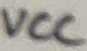
Text: VCC